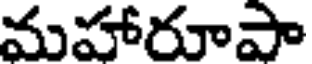
మహారూపా